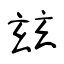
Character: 玆